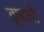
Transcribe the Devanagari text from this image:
वृषभो